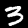
Label: 3